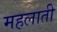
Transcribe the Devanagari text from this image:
महलाती